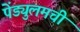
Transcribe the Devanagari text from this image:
पेंड्युलमची